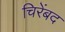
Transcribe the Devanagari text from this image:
चिरेंबद